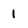
Character: 1